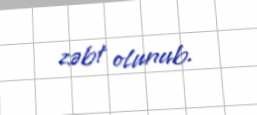
zəbt olunub.